Insane asylums in Bengal annual reports 1876-1887 - 1876-1887
Year: 1876
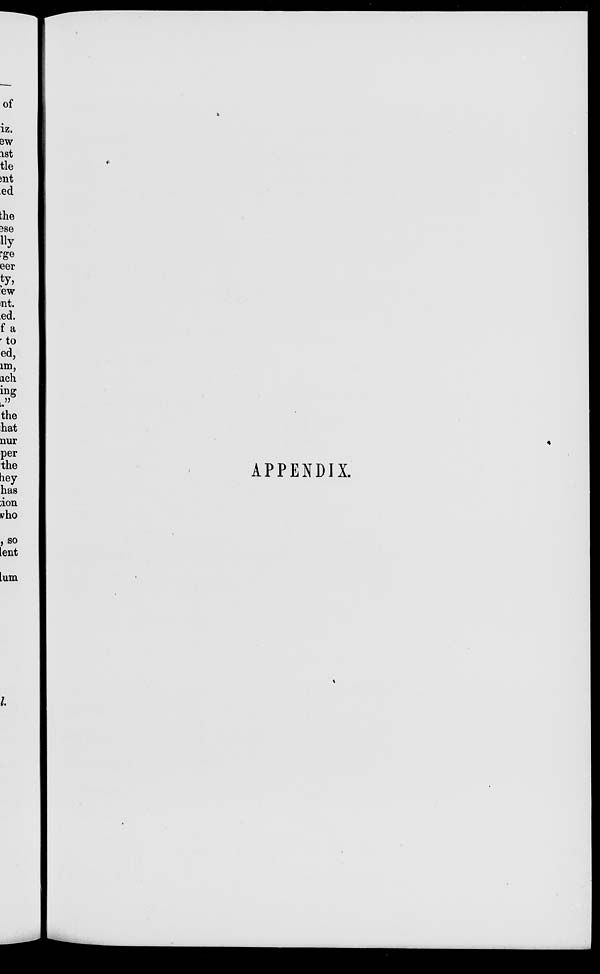
APPENDIX.